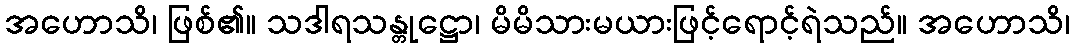
အဟောသိ၊ ဖြစ်၏။ သဒါရသန္တုဋ္ဌော၊ မိမိသားမယားဖြင့်ရောင့်ရဲသည်။ အဟောသိ၊